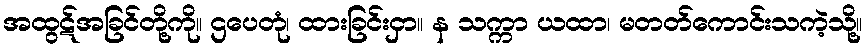
အထွဋ်အခြင်တို့ကို။ ဌပေတုံ၊ ထားခြင်းငှာ။ န သက္ကာ ယထာ၊ မတတ်ကောင်းသကဲ့သို့။